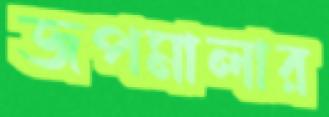
জপমালার